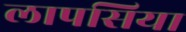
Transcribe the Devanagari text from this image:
लापसिया